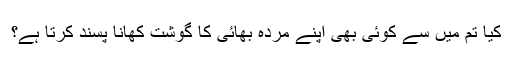
کیا تم میں سے کوئی بھی اپنے مردہ بھائی کا گوشت کھانا پسند کرتا ہے؟